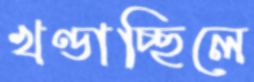
খণ্ডাচ্ছিলে